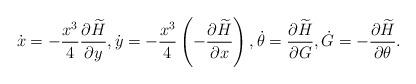
LaTeX: \begin{align*}\dot x = - \frac{x^3}{4} \frac{\partial \widetilde H}{\partial y}, \dot y = - \frac{x^3}{4} \left(-\frac{\partial \widetilde H}{\partial x}\right),\dot \theta = \frac{\partial \widetilde H}{\partial G}, \dot G = -\frac{\partial \widetilde H}{\partial \theta}.\end{align*}